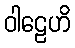
ဝါဠေဟိ